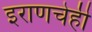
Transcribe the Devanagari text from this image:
इराणचेही